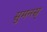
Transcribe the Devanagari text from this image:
सुमनस्‌